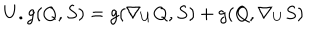
LaTeX: U . g ( Q , S ) = g ( \nabla _ { U } Q , S ) + g ( Q , \nabla _ { U } S )